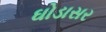
ઘોડાસર